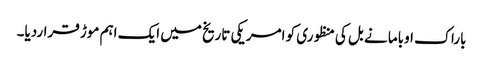
باراک اوباما نے بل کی منظوری کو امریکی تاریخ میں ایک اہم موڑ قراردیا۔